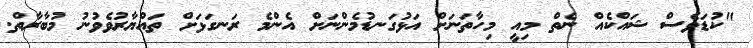
"ކުޑަވެސް ޝައްކެއް ނެތް މިއީ މިހާތަނަށް އަޅުގަނޑުމެންނަށް އެންމެ ރަނގަޅަށް ތައްޔާރުވެވުނު މުބާރާތް.